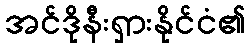
အင်ဒိုနီးရှားနိုင်ငံ၏